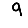
Digit: 9